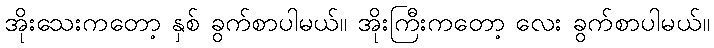
အိုးသေးကတော့ နှစ် ခွက်စာပါမယ်။ အိုးကြီးကတော့ လေး ခွက်စာပါမယ်။